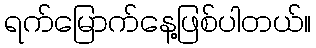
ရက်မြောက်နေ့ဖြစ်ပါတယ်။